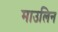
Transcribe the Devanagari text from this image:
माउलिन